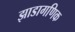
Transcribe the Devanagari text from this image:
झाडागणिक